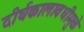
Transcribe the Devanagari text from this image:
दीर्घकालावधीमुळे